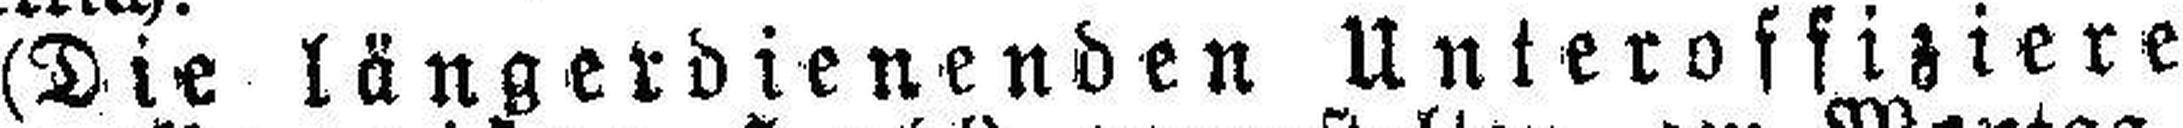
(Die längerdienenden Unteroffiziere